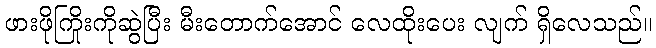
ဖားဖိုကြိုးကိုဆွဲပြီး မီးတောက်အောင် လေထိုးပေး လျက် ရှိလေသည်။